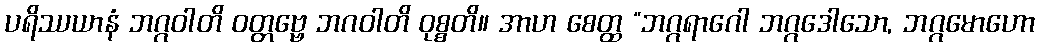
ပရိဿယာနံ ဘဂ္ဂဝါတိ ဝတ္တဗ္ဗေ ဘဂဝါတိ ဝုစ္စတိ။ အာဟ စေတ္ထ “ဘဂ္ဂရာဂေါ ဘဂ္ဂဒေါသော, ဘဂ္ဂမောဟော